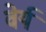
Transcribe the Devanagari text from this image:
वेर्य